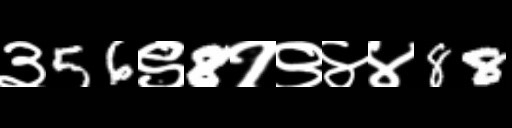
Text: ३56९8१९४४88